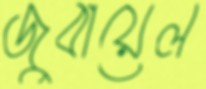
জুবায়েল